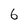
Character: 6